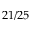
2 1 / 2 5